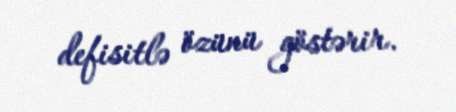
defisitlə özünü göstərir.